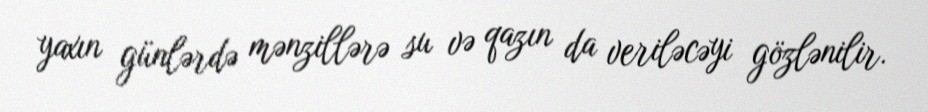
yaxın günlərdə mənzillərə su və qazın da veriləcəyi gözlənilir.